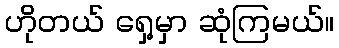
ဟိုတယ် ရှေ့မှာ ဆုံကြမယ်။